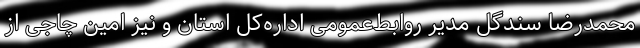
محمدرضا سندگل مدیر روابط‌عمومی اداره‌کل استان و نیز امین چاجی از